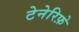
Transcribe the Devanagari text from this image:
टेनेरिफ़े